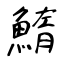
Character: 鰖